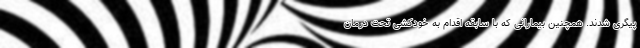
پیگری شدند. همچنین بیمارانی که با سابقه اقدام به خودکشی تحت درمان